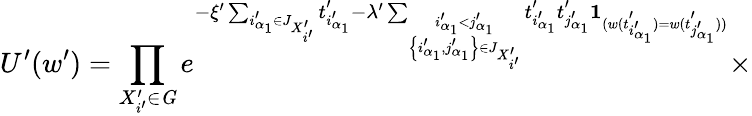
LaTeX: U^{\prime}(w^{\prime})=\prod_{X_{i^{\prime}}^{\prime}\in{\mathit G}}e^{-\xi^{\prime}\sum_{i_{\alpha_{1}}^{\prime}\in J_{X_{i^{\prime}}^{\prime}}}t_{i_{\alpha_{1}}^{\prime}}^{\prime}-\lambda^{\prime}\sum_{\stackrel{i_{\alpha_{1}}^{\prime}<j_{\alpha_{1}}^{\prime}}{\left\{ i_{\alpha_{1}}^{\prime},j_{\alpha_{1}}^{\prime}\right\} \in J_{X_{i^{\prime}}^{\prime}}}}t_{i_{\alpha_{1}}^{\prime}}^{\prime}t_{j_{\alpha_{1}}^{\prime}}^{\prime}{\mathbf 1}_{(w(t_{i_{\alpha_{1}}^{\prime}}^{\prime})=w(t_{j_{\alpha_{1}}^{\prime}}^{\prime}))}}\times